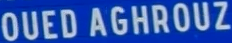
OUEDAGHROUZ